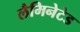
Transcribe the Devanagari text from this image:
लैमिनेटेड